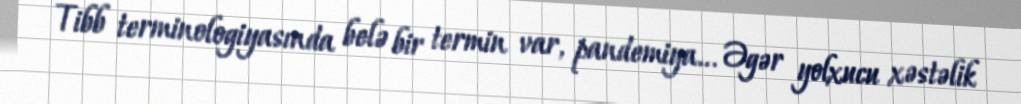
Tibb terminologiyasında belə bir termin var, pandemiya... Əgər yolxucu xəstəlik